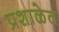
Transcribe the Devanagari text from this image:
प्रशाळेत